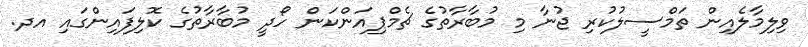
ވިލިމާލެއިން ތަމްސީލުކުރި ޖުނާ މި މުބާރާތުގެ ޗެމްޕިއަންކަން ހޯދީ މުބާރާތުގެ ކޮލިފައިންގައި އދ.